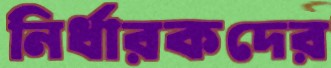
নির্ধারকদের